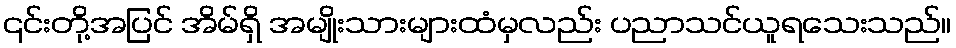
၎င်းတို့အပြင် အိမ်ရှိ အမျိုးသားများထံမှလည်း ပညာသင်ယူရသေးသည်။